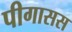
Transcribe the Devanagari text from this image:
पीगासस